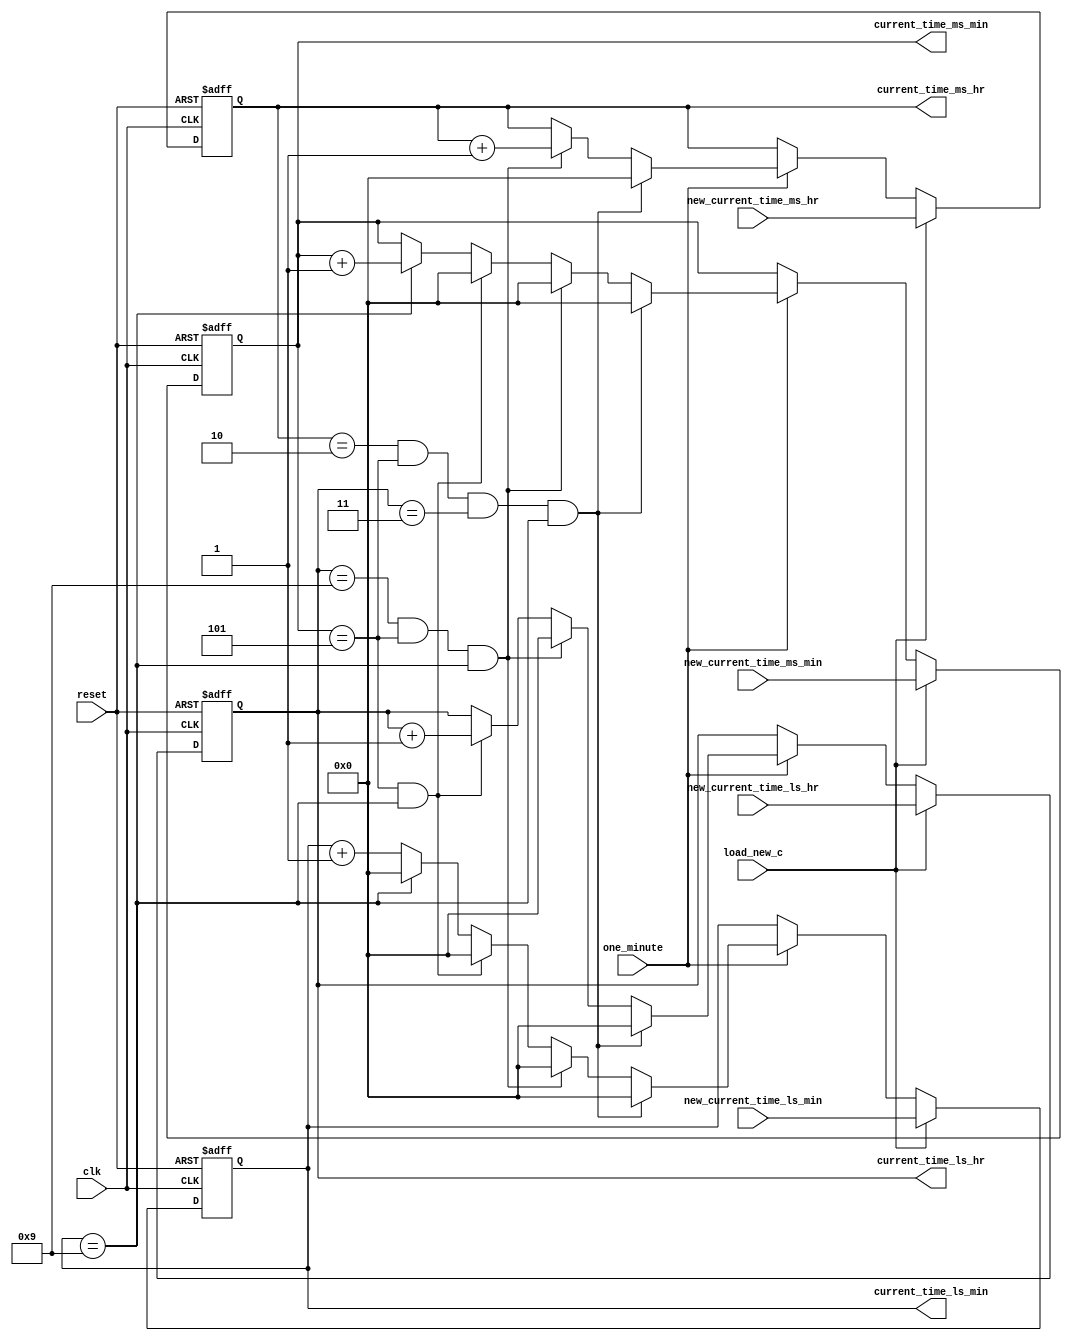
/********************************************************************************************

Filename:	counter.v   

Description:	This is a functional description of Alarm clock
                counter unit .It generates the counting sequence for current time.

Date:		25/07/2019

Author:		Vishal Narkhede

Email:		vsnarkhede13@gmail.com

*********************************************************************************************/

module counter (clk,
	        reset,
		one_minute,
		load_new_c,
		new_current_time_ms_hr,
		new_current_time_ms_min,
		new_current_time_ls_hr,
		new_current_time_ls_min,
		current_time_ms_hr,
		current_time_ms_min,
		current_time_ls_hr,
		current_time_ls_min);
// Define input and output port directions
input clk,
      reset,
      one_minute,
      load_new_c;

input[3:0] new_current_time_ms_hr,
           new_current_time_ms_min,
           new_current_time_ls_hr,
           new_current_time_ls_min;

output [3:0] current_time_ms_hr,
             current_time_ms_min,
             current_time_ls_hr,
             current_time_ls_min;
// Define register to store current time
reg [3:0] current_time_ms_hr,
          current_time_ms_min,
          current_time_ls_hr,
          current_time_ls_min;

// Lodable Binary up synchronous Counter logic                                 /******************************

// Write an always block with asynchronous reset 
always@( posedge clk or posedge reset)                                         
 begin              
    // Check for reset signal and upon reset load the current_time register with default value (1'b0)                                                                                                       
    if(reset)                                                                 
      begin
	current_time_ms_hr  <= 4'd0;                                          
        current_time_ms_min <= 4'd0;                                          
        current_time_ls_hr  <= 4'd0;
        current_time_ls_min <= 4'd0;
       end
    // Else if there is no reset, then check for load_new_c signal and load new_current_time to current_time register
     else if(load_new_c)
       begin                                                                
	 current_time_ms_hr  <= new_current_time_ms_hr;                     //   Corner cases: ms_hr ls_hr :ms_min ls_min
	 current_time_ms_min <= new_current_time_ms_min;                    //              2       3       5       9  -> 00:00
	 current_time_ls_hr  <= new_current_time_ls_hr;                     //              0       9       5       9  -> 10:00
	 current_time_ls_min <= new_current_time_ls_min;                    //              0       0       5       9  -> 01:00
       end                                                                  //              0       0       0       9  -> 00:10
    // Else if there is no load_new_c signal, then check for one_minute signal and implement the counting algorithm
      else if (one_minute == 1)
       begin
    // Check for the corner case
    // If the current_time is 23:59, then the next current_time will be 00:00
        if(current_time_ms_hr == 4'd2 && current_time_ms_min == 4'd5 &&
           current_time_ls_hr == 4'd3 && current_time_ls_min == 4'd9)
           begin
               current_time_ms_hr  <= 4'd0;
   	       current_time_ms_min <= 4'd0;
	       current_time_ls_hr  <= 4'd0;
 	       current_time_ls_min <= 4'd0;
           end
     // Else check if the current_time is 09:59, then the next current_time will be 10:00
         else if(current_time_ls_hr == 4'd9 && current_time_ms_min == 4'd5
                   && current_time_ls_min == 4'd9)
            begin
		current_time_ms_hr <= current_time_ms_hr + 1'd1;
                current_time_ls_hr <= 4'd0;
                current_time_ms_min <= 4'd0;
                current_time_ls_min <= 4'd0;
            end
     // Else check if the time represented by minutes is 59, Increment the LS_HR by 1 and set MS_MIN and LS_MIN to 1'b0
        else if (current_time_ms_min == 4'd5 && current_time_ls_min == 4'd9)
            begin
                current_time_ls_hr <= current_time_ls_hr + 1'd1;
		current_time_ms_min <= 4'd0;
                current_time_ls_min <= 4'd0;
            end
     // Else check if the LS_MIN is equal to 9, Increment the MS_MIN by 1 and set MS_MIN to 1'b0
	 else if(current_time_ls_min == 4'd9)
	    begin
		current_time_ms_min <= current_time_ms_min + 1'd1;
		current_time_ls_min <= 4'd0;
            end
     // Else just increment the LS_MIN by 1
         else
            begin
           	current_time_ls_min <= current_time_ls_min + 1'b1;
            end
       end
    end

endmodule